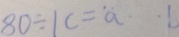
8 0 \div 1 c = \ddot { a } \cdot 1